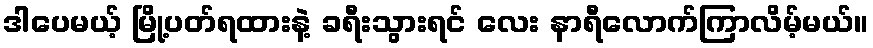
ဒါပေမယ့် မြို့ပတ်ရထားနဲ့ ခရီးသွားရင် လေး နာရီလောက်ကြာလိမ့်မယ်။